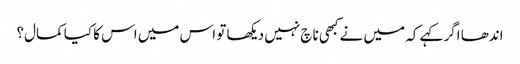
اندھا اگر کہے کہ میں نے کبھی ناچ نہیں دیکھا تو اس میں اس کا کیا کمال؟